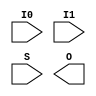
(* abc9_box, blackbox *)
module mux_with_param(input I0, I1, S, output O);
parameter P = 0;
specify
    (I0 => O) = P;
    (I1 => O) = P;
    (S => O) = P;
endspecify
endmodule

module abc9_test039(output O);
  mux_with_param #(.P(1)) m (
    .I0(1'b1),
    .I1(1'b1),
    .O(O),
    .S(1'b0)
  );
endmodule